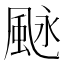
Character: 𩖻